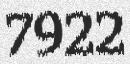
7922